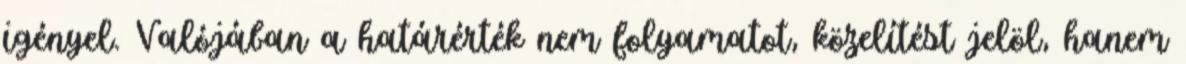
igényel. Valójában a határérték nem folyamatot, közelítést jelöl, hanem